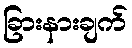
ခြားနားချက်